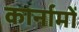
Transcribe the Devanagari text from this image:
कार्नामों